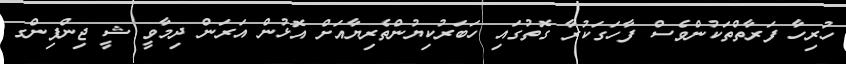
ހުރިހާ ފަރާތްތަކުންވެސް ފާހަގަކުރާ ގޮތުގައި ހަބަރުކިޔުންތެރިޔާއަށް އޮޅުން އަރަން ދިމާވީ ޝީ ޖިންޕިންގ